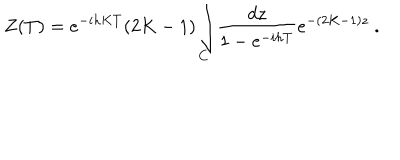
Z ( T ) = e ^ { - i h K T } ( 2 K - 1 ) \int _ { C } \! { \frac { d z } { 1 - e ^ { - i h T } } } e ^ { - ( 2 K - 1 ) z } \ .